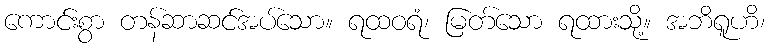
ကောင်းစွာ တန်ဆာဆင်အပ်သော။ ရထဝရံ၊ မြတ်သော ရထားသို့။ အဘိရူဟိ၊